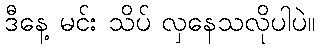
ဒီနေ့ မင်း သိပ် လှနေသလိုပါပဲ။